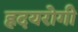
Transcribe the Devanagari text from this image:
ह्रदयरोगी